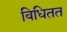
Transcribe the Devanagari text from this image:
विधितत